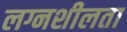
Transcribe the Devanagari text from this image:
लग्नशीलता